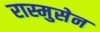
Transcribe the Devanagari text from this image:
रास्मुसेन